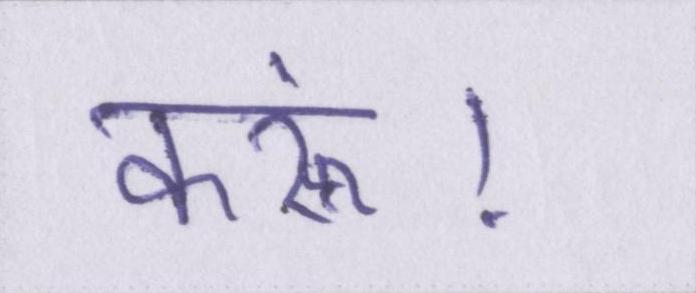
करूं।